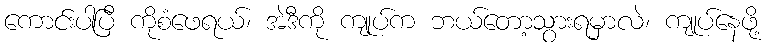
ကောင်းပါပြီ ကိုစံဖေရယ်၊ အဲဒီကို ကျုပ်က ဘယ်တော့သွားရမှာလဲ၊ ကျုပ်နေဖို့